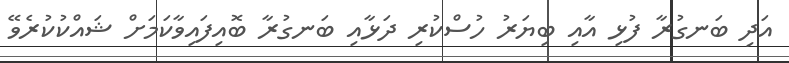
އަދި ބަނގުރާ ފުޅި އާއި ބިޔަރު ހުސްކުރި ދަޅާއި ބަނގުރާ ބޮއިފައިވާކަމަށް ޝައްކުކުރެވޭ